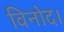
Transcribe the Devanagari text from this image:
विनोद।